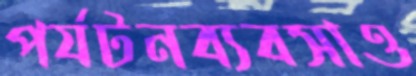
পর্যটনব্যবসাও